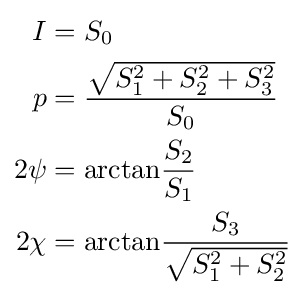
{\begin{aligned}I&=S_{0}\\p&={\frac {\sqrt {S_{1}^{2}+S_{2}^{2}+S_{3}^{2}}}{S_{0}}}\\2\psi &=\mathrm {arctan} {\frac {S_{2}}{S_{1}}}\\2\chi &=\mathrm {arctan} {\frac {S_{3}}{\sqrt {S_{1}^{2}+S_{2}^{2}}}}\\\end{aligned}}